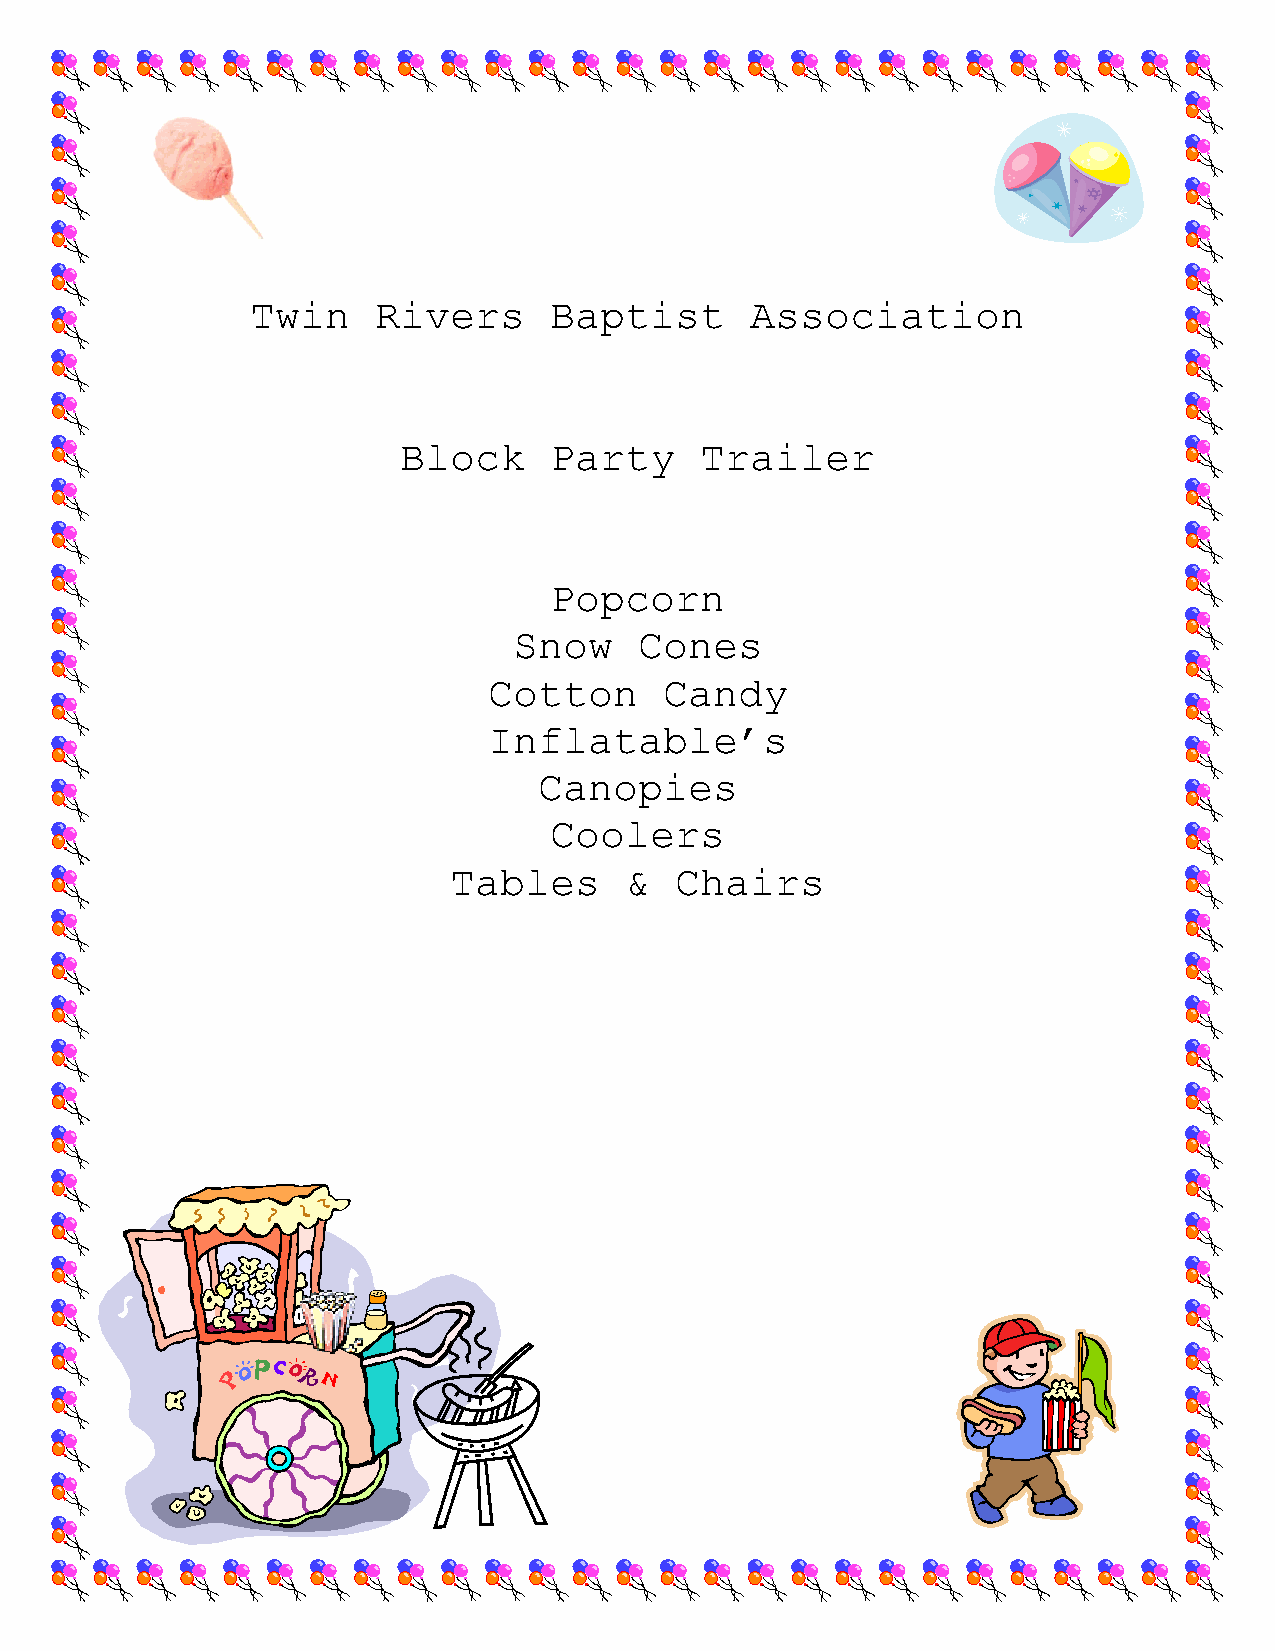
Twin    Rivers     Baptist       Association
 Block     Party     Trailer
 Popcorn
 Snow    Cones
 Cotton      Candy
 Inflatable’s
 Canopies
 Coolers
 Tables     &   Chairs